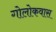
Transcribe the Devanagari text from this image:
गोलोकवास